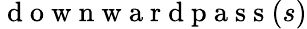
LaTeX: \mathrm{~d~o~w~n~w~a~r~d~p~a~s~s~}(s)